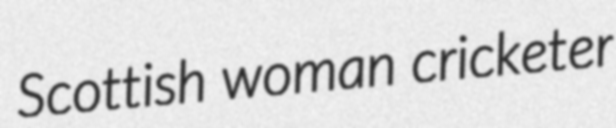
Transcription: Scottish woman cricketer